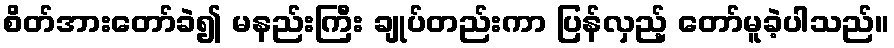
စိတ်အားတော်ခဲ၍ မနည်းကြီး ချုပ်တည်းကာ ပြန်လှည့် တော်မူခဲ့ပါသည်။